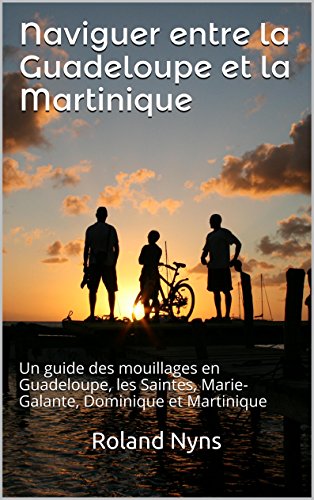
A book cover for Naviguer entre la Guadeloupe et la Martinique: Un guide des mouillages en Guadeloupe, les Saintes, Marie-Galante, Dominique et Martinique (Sailpilot t. 3) (French Edition); Roland Nyns; Travel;